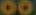
00